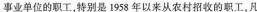
事业单位的职工，特别是1958年以来从农村招收的职工，凡